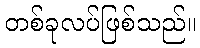
တစ်ခုလပ်ဖြစ်သည်။